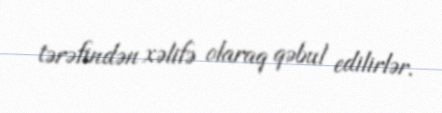
tərəfindən xəlifə olaraq qəbul edilirlər.